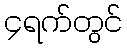
၄ရက်တွင်